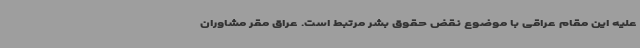
علیه این مقام عراقی با موضوع نقض حقوق بشر مرتبط است. عراق مقر مشاوران